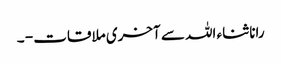
رانا ثناء اللہ سے آخری ملاقات - ۔